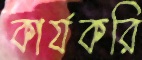
কার্যকরি